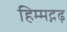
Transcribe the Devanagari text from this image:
हिम्मद्गढ़